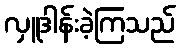
လှူဒါန်းခဲ့ကြသည်